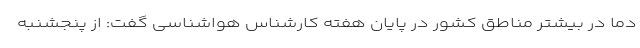
دما در بیشتر مناطق کشور در پایان هفته کارشناس هواشناسی گفت: از پنجشنبه